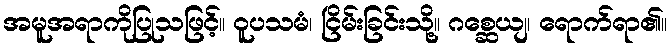
အမူအရာကိုပြုသဖြင့်။ ဝူပသမံ၊ ငြိမ်းခြင်းသို့။ ဂစ္ဆေယျ၊ ရောက်ရာ၏။